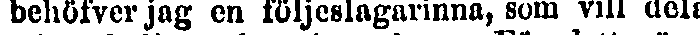
behöfver jag en följeslagarinna, som vill dela